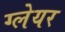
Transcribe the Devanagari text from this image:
ग्‍लेयर